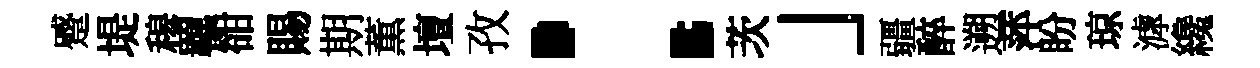
蹙堤𥠇羈𧮳賜期薫壇孜：茨」疆醉遡萍盼琼滹纔